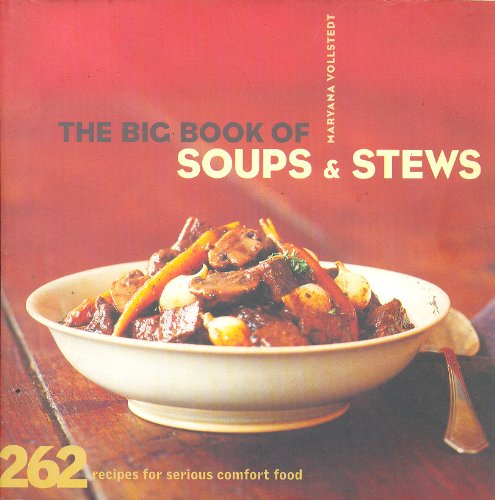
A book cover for The Big Book of Soups and Stews: 262 Recipes for Serious Comfort Food; Maryana Vollstedt; Cookbooks, Food & Wine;